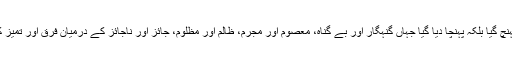
ملک معاشرہ وہاں پہنچ گیا بلکہ پہنچا دیا گیا جہاں گنہگار اور بے گناہ، معصوم اور مجرم، ظالم اور مظلوم، جائز اور ناجائز کے درمیان فرق اور تمیز کرنا ممکن نہیں رہا۔